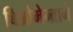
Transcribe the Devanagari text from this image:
बिओमेम्ब्राने